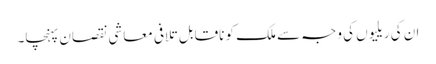
ان کی ریلیوں کی وجہ سے ملک کو ناقابل تلافی معاشی نقصان پہنچا۔